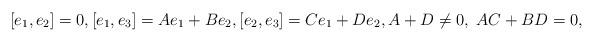
LaTeX: \begin{align*} [e_1, e_2]=0, [e_1,e_3]=A e_1 + B e_2, [e_2,e_3]=C e_1+D e_2, A+D\neq 0, \; AC+BD =0,\end{align*}